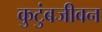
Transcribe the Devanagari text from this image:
कुटुंबजीवन